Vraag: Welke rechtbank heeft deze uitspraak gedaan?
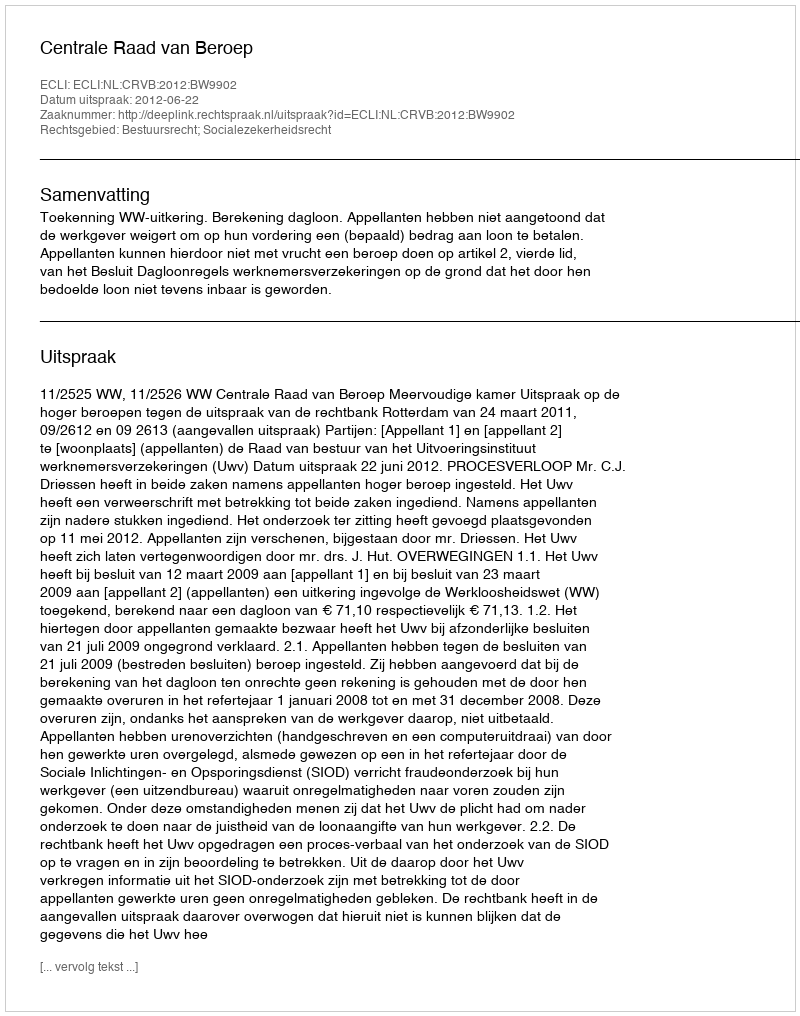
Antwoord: Centrale Raad van Beroep